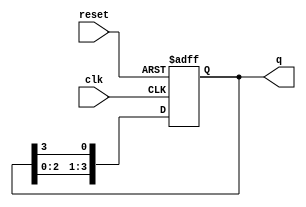
module ring_counter #(
    parameter N = 4  // Number of flip-flops
) (
    input wire clk,          // Clock input
    input wire reset,        // Asynchronous reset
    output reg [N-1:0] q     // Output state of the counter
);

// Initial state of the ring counter
initial begin
    q = 1'b1;  // Set the first flip-flop to '1', others to '0'
end

always @(posedge clk or posedge reset) begin
    if (reset) begin
        q <= 1'b1;  // Reset to the initial state (000...001)
    end else begin
        // Shift the '1' to the left
        q <= {q[N-2:0], q[N-1]}; // Move the '1' around the ring
    end
end

endmodule